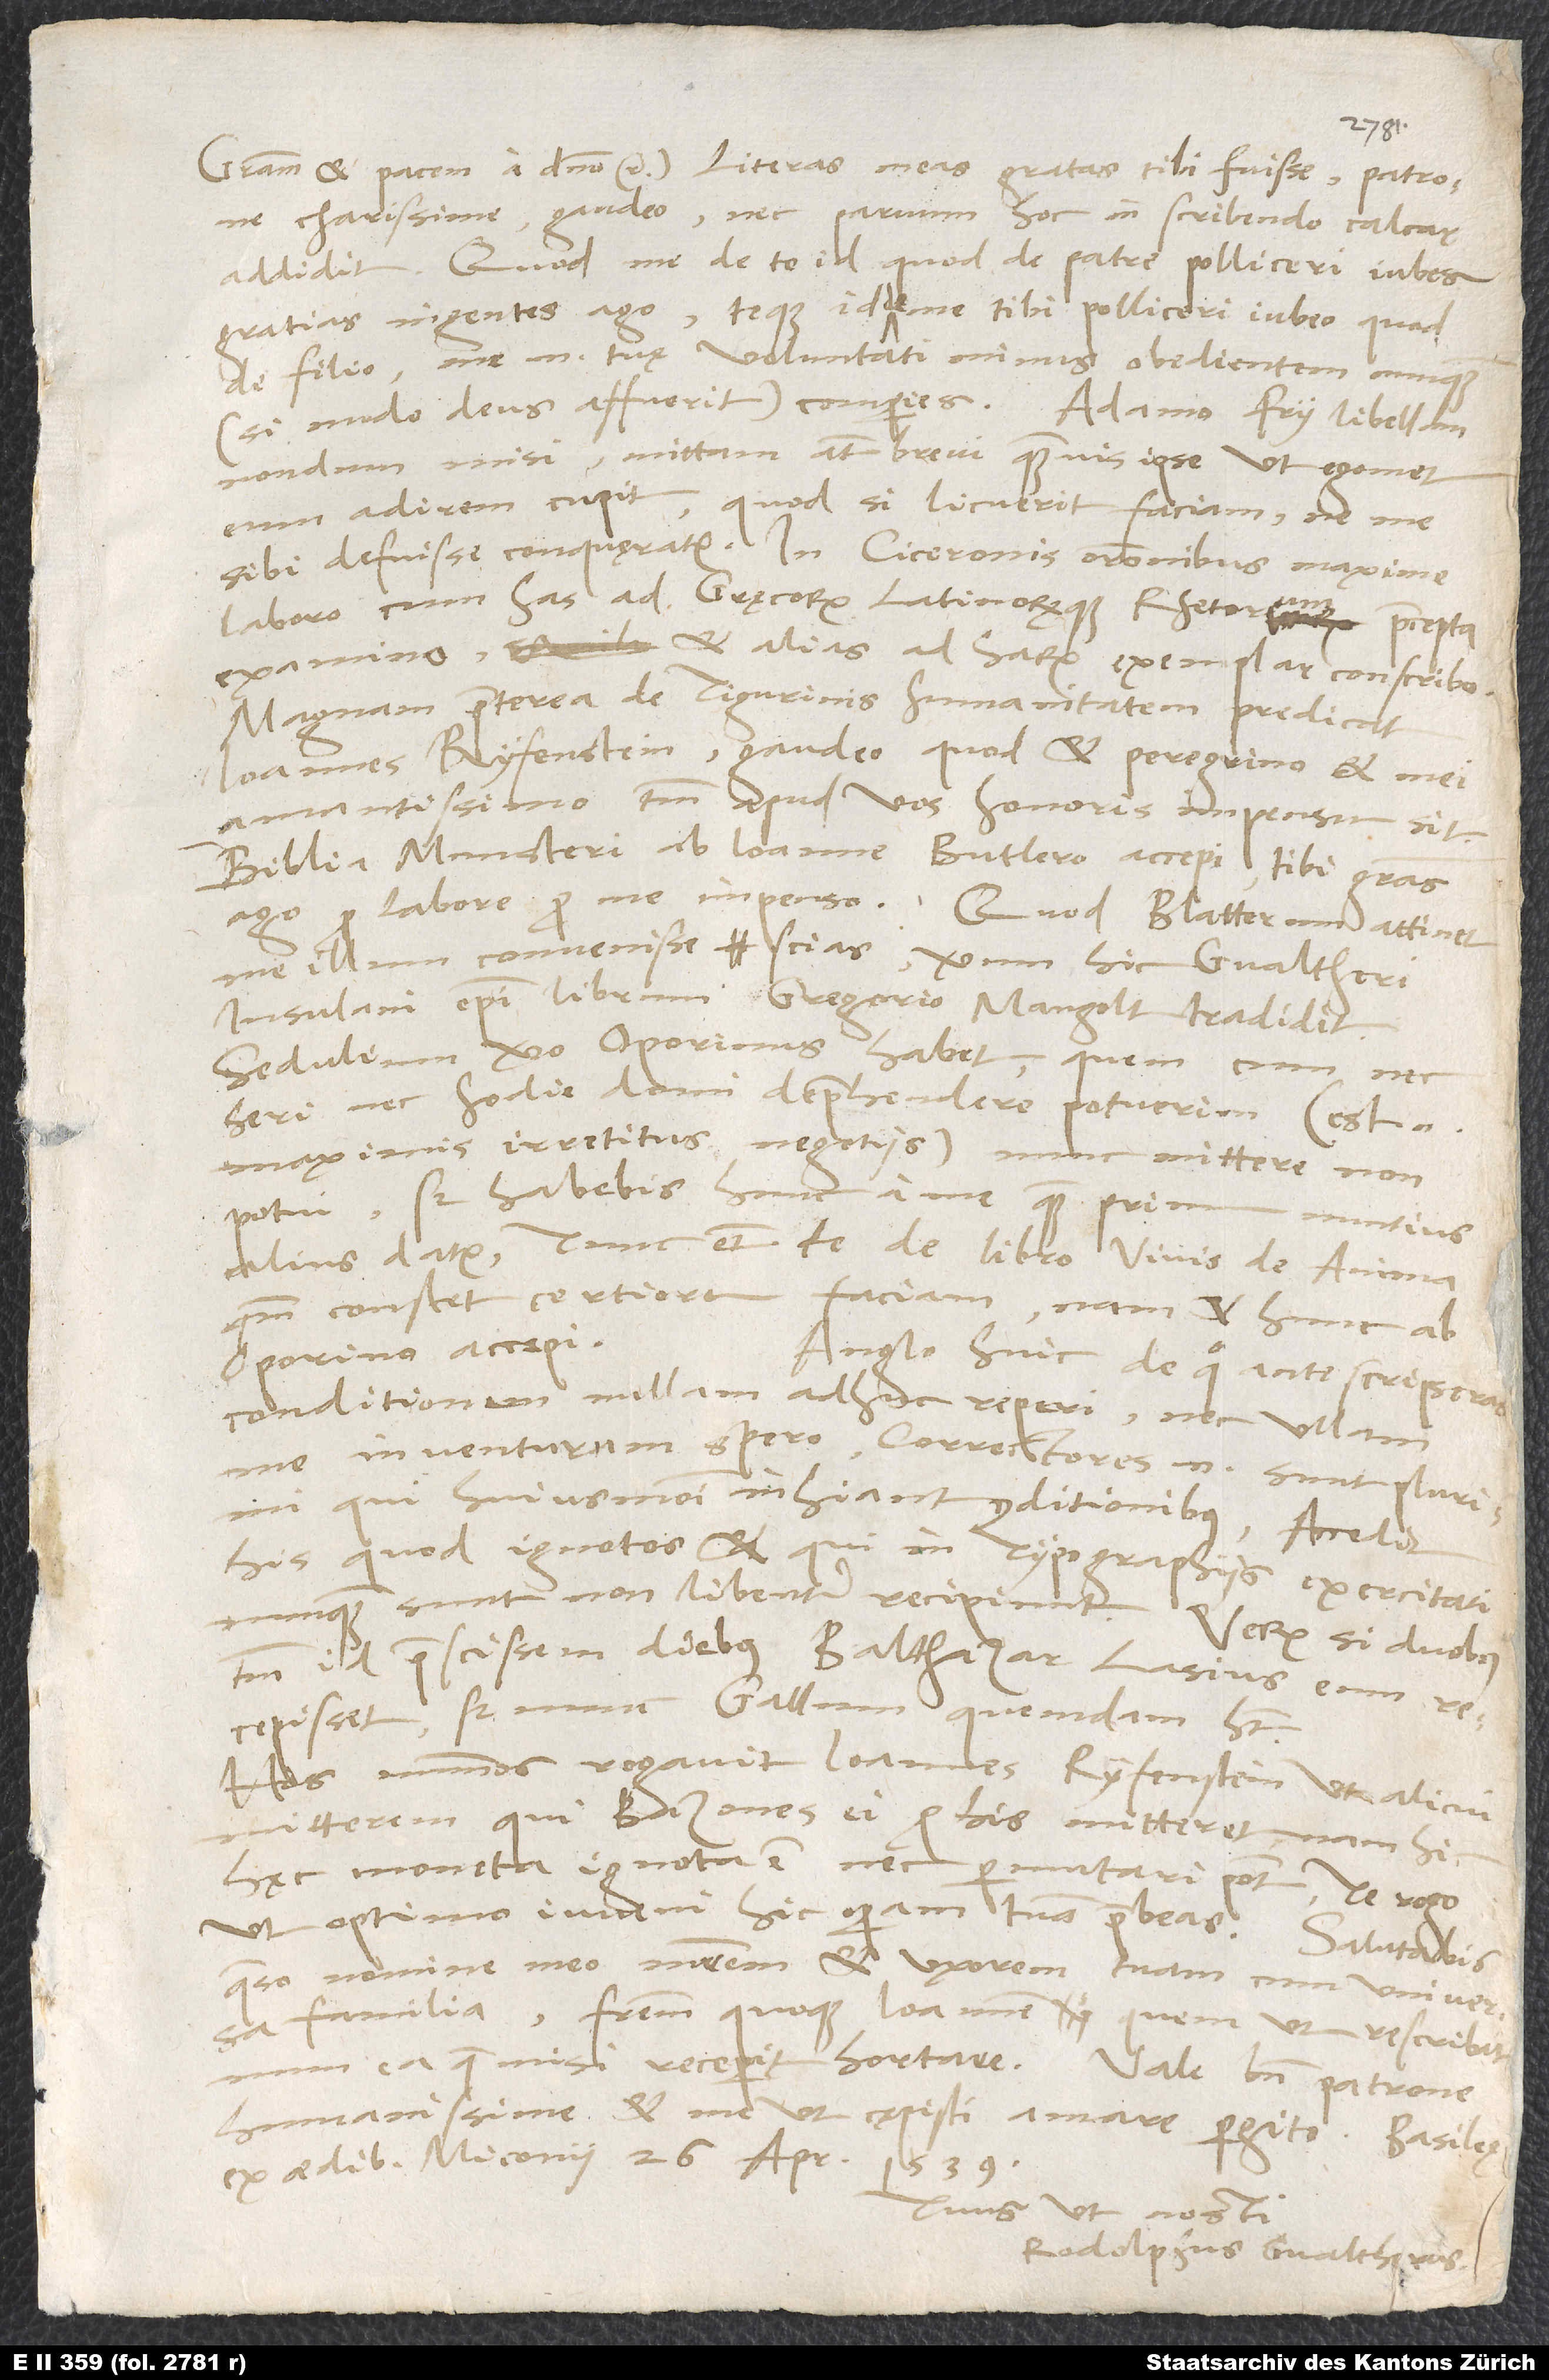
charissime, gaudeo, nec parvum hoc in scribendo calcar
addidit. Quod me de te id, quod de patre, polliceri iubes,
gratias ingentes ago teque id de me tibi polliceri iubeo, quod
de filio; me enim tuę voluntati minus obedientem nunquam
misi; mittam autem brevi, quamvis ipse, ut egomet
eum adirem, cupit, quod, si licuerit, faciam, ne me
laboro, cum has ad Gręcorum Latinorumque rhetorum praecepta
examino et alias ad harum exemplar conscribo.
Magnam praeterea de Tigurinis humanitatem predicat
amantissimo tantum apud vos honoris impensum sit.
Biblia Munsteri ab Ioanne Butlero accepi; tibi gratias
me illum convenisse scias; verum hic Gvaltheri
Insulani episcopi librum Gregorio Mangolt tradidit.
Sedulium vero Oporinus habet, quem cum nec
heri nec hodie domi deprehendere potuerim (est enim
maximis irretitus negotiis), nunc mittere non
potui; sed habebis hunc a me, quam primum nuntius
alius datur. Tunc etiam te de libro Vivis De anima,
quantum constet, certiorem faciam; nam et hunc ab
Oporino accepi.
Anglo huic, de quo ante scripseras,
conditionem nullam adhuc reperi nec ullam
me inventurum spero; correctores enim sunt plurimi,
qui huiusmodi inhiant conditionibus. Accedit
his, quod ignotos et qui in typographiis exercitati
nunquam sunt, non libenter recipiunt. Verum si duobus
tantum id praescissem diebus, Balthazar Lasius eum
recepisset; sed nunc Gallum quendam habet.
Hos nummos rogavit Ioannes Ryfenstein, ut alicui
mitterem, qui bazones ei pro his mitteret; nam hic
hęc moneta ignota est nec permutari potest. Te rogo,
ut optimo iuveni hic operam tuam praebeas.
quaeso, nomine meo matrem et uxorem tuam cum universa
familia, fratrem quoque Ioannem, quem, ut rescribat,
humanissime, et me, ut cępisti, amare pergito. Basileę,
ex aedibus Miconii, 26. aprilis 1539.
Tuus, ut nosti,
Rodolphus Gvaltherus.